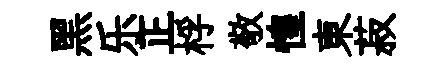
黑乐正桴敬惶東菽